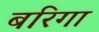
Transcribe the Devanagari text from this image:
बरिगा